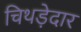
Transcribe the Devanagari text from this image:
चिथड़ेदार